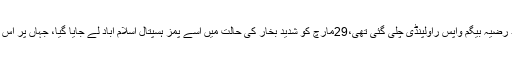
دو روز قیام کرنے کے بعد رضیہ بیگم واپس راولپنڈی چلی گئی تھی،29مارچ کو شدید بخار کی حالت میں اسے پمز ہسپتال اسلام آباد لے جایا گیا، جہاں پر اس کے متعدد ٹیسٹ لیے گئے۔